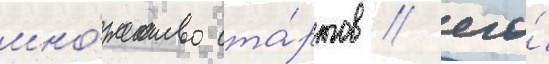
мно́жество ста́ртов / его́